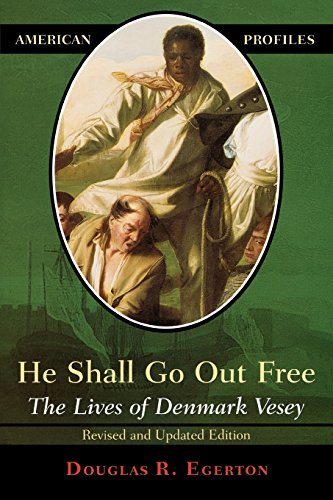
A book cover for He Shall Go Out Free: The Lives of Denmark Vesey (American Profiles); Douglas R. Egerton; Biographies & Memoirs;